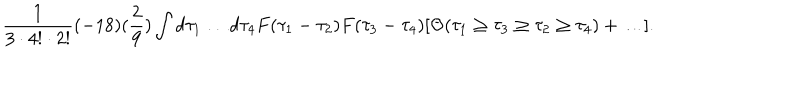
\frac { 1 } { 3 \cdot 4 ! \cdot 2 ! } ( - 1 8 ) ( \frac { 2 } { 9 } ) \int d \tau _ { 1 } \dots d \tau _ { 4 } F ( \tau _ { 1 } - \tau _ { 2 } ) F ( \tau _ { 3 } - \tau _ { 4 } ) [ \Theta ( \tau _ { 1 } \geq \tau _ { 3 } \geq \tau _ { 2 } \geq \tau _ { 4 } ) + \dots ] .